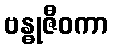
ဗန္ဓုဇီဝကာ